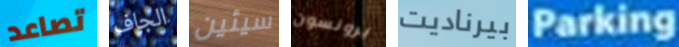
تصاعد الجاف سيئين برونسون بيرناديت Parking